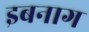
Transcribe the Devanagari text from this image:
इबनाग